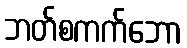
ဘတ်စကက်ဘော